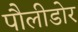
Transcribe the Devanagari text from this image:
पौलीडोर